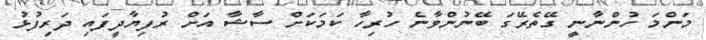
މަންމަ ހުންނާނީ ގޭތެރޭގަ ބޭނުންވާނެ ހުރިހާ ކަމަކަށް ސާޝާ އަށް ރުފިޔާދީފައި ދަރިފުޅު